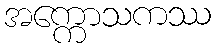
အက္ကောသကဿ